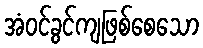
အံဝင်ခွင်ကျဖြစ်စေသော